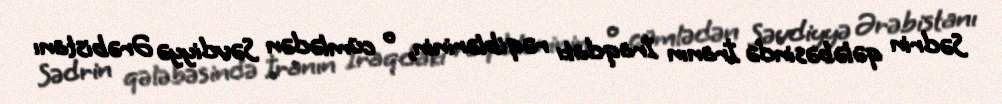
Sədrin qələbəsində İranın İraqdakı rəqiblərinin, o cümlədən Səudiyyə Ərəbistanı